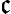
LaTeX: \mathfrak{c}